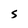
Character: S